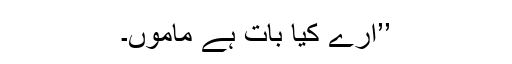
’’ارے کیا بات ہے ماموں۔